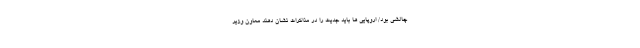
چالشی بود/ اروپایی ها باید جدیت را در مذاکرات نشان دهند معاون وزیر